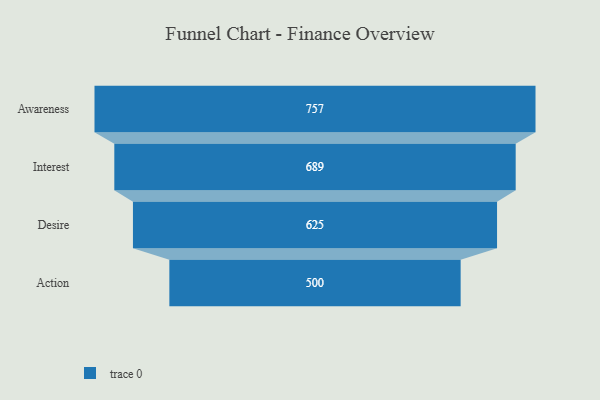
{"axis": {"x": "Stage", "y": "Value"}, "legend": [""], "data": [{"x": "Awareness", "y": 757.0, "type": ""}, {"x": "Interest", "y": 689.0, "type": ""}, {"x": "Desire", "y": 625.0, "type": ""}, {"x": "Action", "y": 500, "type": ""}]}